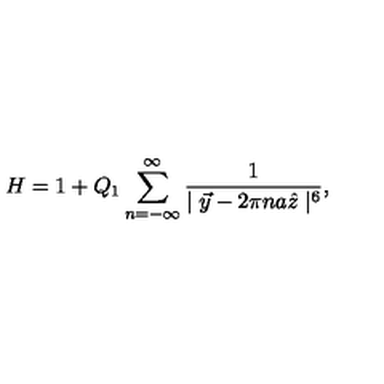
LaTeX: H = 1 + Q _ { 1 } \sum _ { n = - \infty } ^ { \infty } \frac { 1 } { \mid \vec { y } - 2 \pi n a \hat { z } \mid ^ { 6 } } ,